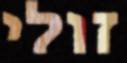
זולי